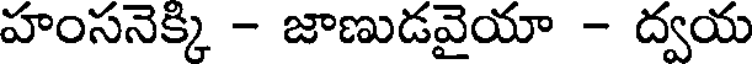
హంసనెక్కి - జాణుడవైయా - ద్వయ